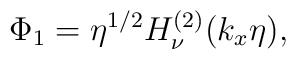
\Phi _1=\eta ^{1/2}H_\nu ^{(2)}(k_x\eta ),